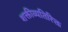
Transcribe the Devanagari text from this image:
शक्तीव्यतिरिक्त